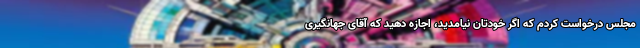
مجلس درخواست کردم که اگر خودتان نیامدید، اجازه دهید که آقای جهانگیری